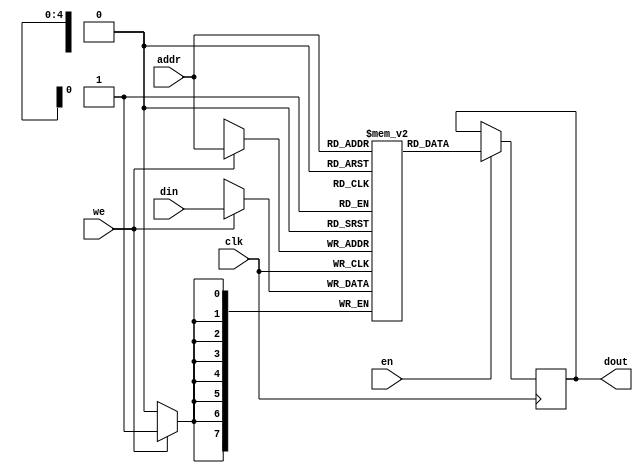
module mem #(parameter DEPTH = 32, parameter LOG_DEPTH = 5, parameter WIDTH = 8) (
    input clk,
    input en,
    input we,
    input [LOG_DEPTH-1:0] addr,
    input [WIDTH-1:0] din,
    output reg [WIDTH-1:0] dout
    );
    
    reg [WIDTH-1:0] mem [DEPTH-1:0];

    always @(posedge clk) begin
        if (en)
            dout <= mem[addr];
    end

    always @(posedge clk) begin
        if (we)
            mem[addr] <= din;
    end

endmodule